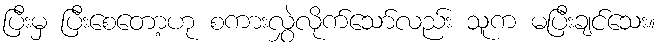
ပြီးမှ ပြီးစေတော့ဟု စကားလွှဲလိုက်သော်လည်း သူက မပြီးချင်သေး။